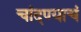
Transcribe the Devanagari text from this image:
चांदण्याचं